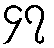
၄၇